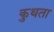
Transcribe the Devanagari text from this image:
कुथता